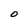
Character: O